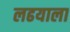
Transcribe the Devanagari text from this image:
लढयाला